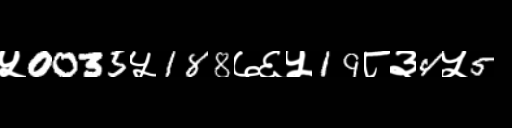
Text: ५0035५188७६५19८३4५5